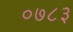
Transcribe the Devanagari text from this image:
०७८३